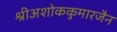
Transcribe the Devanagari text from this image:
श्रीअशोककुमारजैन